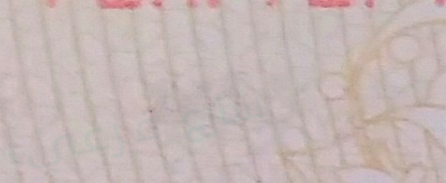
شارع فرعي